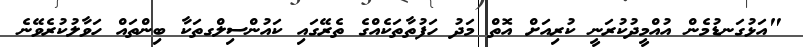
"އަޅުގަނޑުމެން އުއްމީދުކުރަނީ ކުރިއަށް އޮތް މަދު ހަފުތާތަކެއްގެ ތެރޭގައި ކައުންސިލްގތަކާ ބިންތައް ހަވާލުކުރެވޭނެ